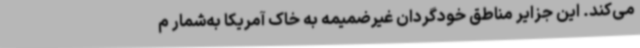
می‌کند. این جزایر مناطق خودگردان غیرضمیمه به خاک آمریکا به‌شمار م